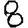
Digit: 8